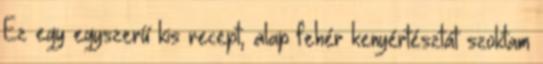
Ez egy egyszerű kis recept, alap fehér kenyértésztát szoktam